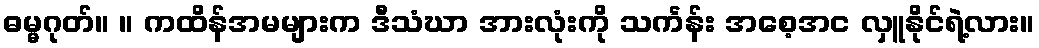
ဓမ္မဂုတ်။ ။ ကထိန်အမများက ဒီသံဃာ အားလုံးကို သင်္ကန်း အစေ့အင လှူနိုင်ရဲ့လား။